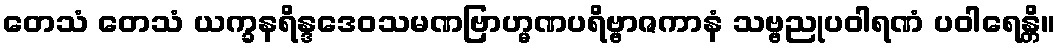
တေသံ တေသံ ယက္ခနရိန္ဒဒေဝသမဏဗြာဟ္မဏပရိဗ္ဗာဇကာနံ သဗ္ဗညုပဝါရဏံ ပဝါရေန္တိ။